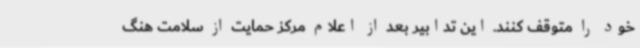
خود را متوقف کنند. این تدابیر بعد از اعلام مرکز حمایت از سلامت هنگ